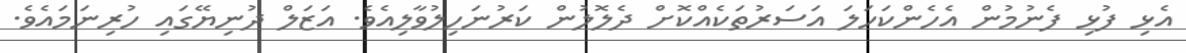
އެޅި ފުޅި ފެނުމުން އެހެންކަހަލަ އަސަރުތަކެއްކޮށް ދެލޮލުން ކަރުނަހިލުވާލިއެވެ. އަޒަލް ދުނިޔޭގައި ހުރިނަމައެވެ.